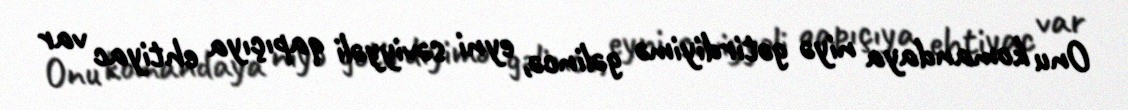
Onu komandaya niyə gətirdiyimə gəlincə, eyni səviyyəli qapıçıya ehtiyac var